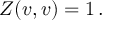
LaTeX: Z ( v , v ) = 1 \, .